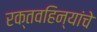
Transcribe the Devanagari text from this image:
रक्तवहिन्यांचे